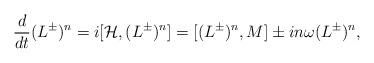
LaTeX: \begin{align*}{d\over dt}{(L^\pm)^n}=i[{\cal H},(L^\pm)^n] =[(L^{\pm})^n,{M}]\pm in\omega (L^{\pm})^n, \end{align*}